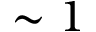
\sim 1